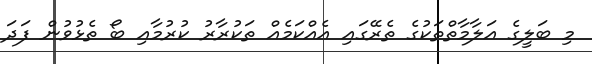
މި ބަލީގެ އަލާމާތްތަކުގެ ތެރޭގައި އެއްކަމެއް ތަކުރާރު ކުރުމާއި ބޯ ތެޅުވުން ފަދަ